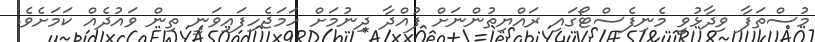
މުސްތަފާ ވިދާޅުވީ މެނިފެސްޓޯގައި ރައްޔިތުންނަށް ފުއްދާ ދިނުމަށް ހަމަޖެހިފައިވަނީ ތިން ވައުދެއް ކަމަށެވެ.